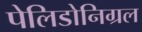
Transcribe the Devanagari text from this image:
पेलिडोनिग्रल